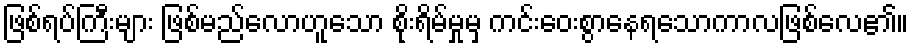
ဖြစ်ရပ်ကြီးများ ဖြစ်မည်လောဟူသော စိုးရိမ်မှုမှ ကင်းဝေးစွာနေရသောကာလဖြစ်လေ၏။